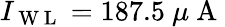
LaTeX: I_{\mathrm{~W~L~}}=187.5~\mu\mathrm{~A~}